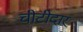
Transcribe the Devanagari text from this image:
चीटीदार